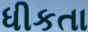
ધીકતા